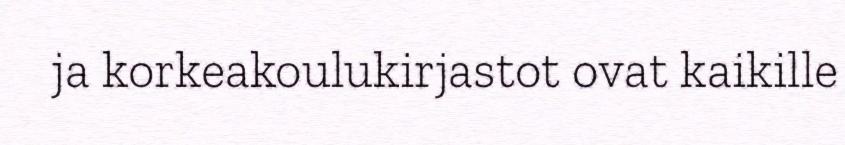
ja korkeakoulukirjastot ovat kaikille